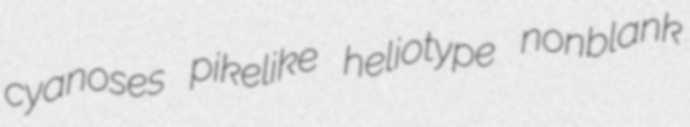
cyanoses pikelike heliotype nonblank